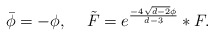
\begin{align*}\bar\phi = -\phi, \hspace{5mm}\tilde{F} = e^{\frac{-4\sqrt{d-2}\phi}{d-3}} \ast F.\end{align*}